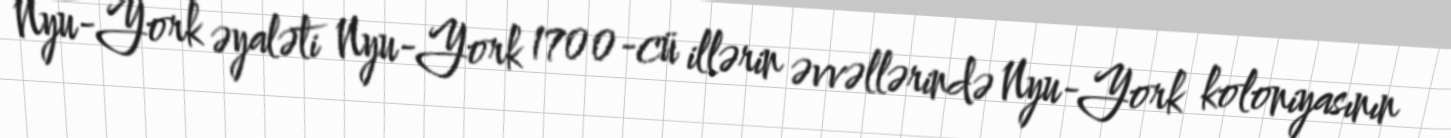
Nyu-York əyaləti Nyu-York 1700-cü illərin əvvəllərində Nyu-York koloniyasının